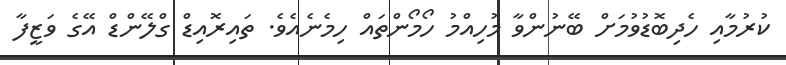
ކުރުމާއި ހެދިބޮޑުވުމަށް ބޭނުންވާ މުހިއްމު ހޯމޯންތައް ހިމެނެއެވެ. ތައިރޮއިޑް ގްލޭންޑް އޭގެ ވަޒީފާ